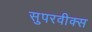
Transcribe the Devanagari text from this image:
सुपरवीक्स